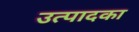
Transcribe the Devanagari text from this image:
उत्पादका